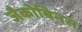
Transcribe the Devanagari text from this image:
जैकोबिनस